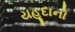
યહૂદાનો